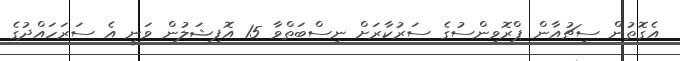
އެގޮތުން ސިޗުއާން ޕްރޮވިންސުގެ ސަރުކާރަށް ނިސްބަތްވާ 15 އޮފިޝަލުން ވަނީ އެ ސަރަހައްދުގެ